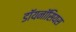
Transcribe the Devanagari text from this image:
डॉयनॉसियस